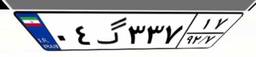
۰۴گ۳۳۷۱۷